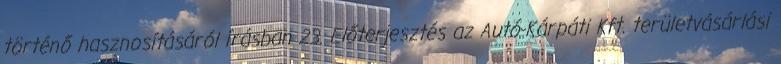
történő hasznosításáról írásban 23. Előterjesztés az Autó-Kárpáti Kft. területvásárlási